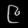
Digit: ၉